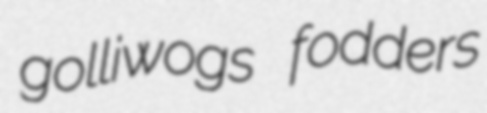
golliwogs fodders